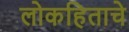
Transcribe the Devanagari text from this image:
लोकहिताचे